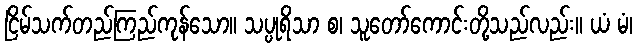
ငြိမ်သက်တည်ကြည်ကုန်သော။ သပ္ပုရိသာ စ၊ သူတော်ကောင်းတို့သည်လည်း။ ယံ မံ၊